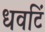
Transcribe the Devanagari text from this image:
धवटिं